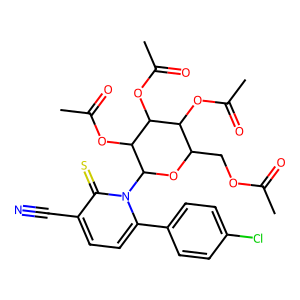
SMILES: CC(=O)OCC1OC(n2c(-c3ccc(Cl)cc3)ccc(C#N)c2=S)C(OC(C)=O)C(OC(C)=O)C1OC(C)=O
Inhibits HIV replication: No